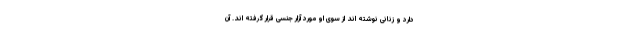
دارد و زنانی نوشته اند از سوی او مورد آزار جنسی قرار گرفته اند. آن